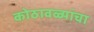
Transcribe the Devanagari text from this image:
कोठावळ्यांचा